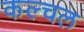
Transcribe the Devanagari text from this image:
कल्चल